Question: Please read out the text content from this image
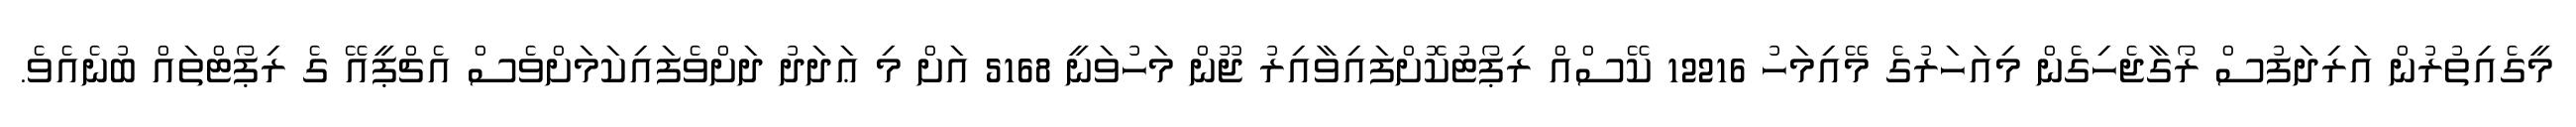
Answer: މީގެއިތުރުން އަރިދަފުސް ރޯގާޖެހިގެން މިއަހަރުގެ މޭއިމަހު 12216 ކޭސްއް ރިޕޯޓުކޮށްފައިވާއިރު ޖޫން މަހުވަނީ 5168 އަށް މި ޢަދަދު ދަށްވެފައިކަމަށްވެސް އެޗްޕީއޭ ގެ ރިޕޯޓްތައް ބުނެއެވެ.